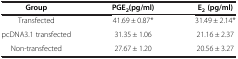
| Group | PGE2(pg/ml) | E2 (pg/ml) |
 | --- | --- | --- |
 | Transfected | 41.69 ± 0.87* | 31.49 ± 2.14* |
 | pcDNA3.1 transfected | 31.35 ± 1.06 | 21.16 ± 2.37 |
 | Non-transfected | 27.67 ± 1.20 | 20.56 ± 3.27 |